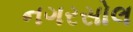
નગરસોલ